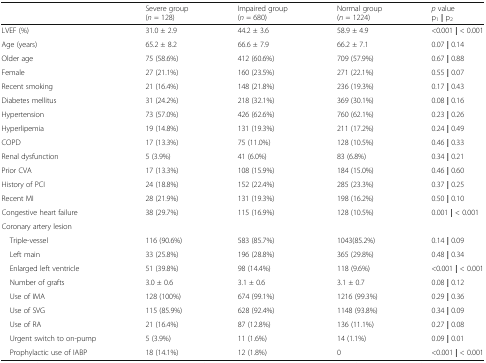
<table><thead><tr><td>[EMPTY_CELL]</td><td><b>Severe group(<i>n</i> = 128)</b></td><td><b>Impaired group(<i>n</i> = 680)</b></td><td><b>Normal group(<i>n</i> = 1224)</b></td><td><b><i>p</i> valuep<sub>1</sub>| p<sub>2</sub></b></td></tr></thead><tbody><tr><td>LVEF (%)</td><td>31.0 ± 2.9</td><td>44.2 ± 3.6</td><td>58.9 ± 4.9</td><td>&lt;0.001 <b>|</b> &lt; 0.001</td></tr><tr><td>Age (years)</td><td>65.2 ± 8.2</td><td>66.6 ± 7.9</td><td>66.2 ± 7.1</td><td>0.07 <b>|</b> 0.14</td></tr><tr><td>Older age</td><td>75 (58.6%)</td><td>412 (60.6%)</td><td>709 (57.9%)</td><td>0.67 <b>|</b> 0.88</td></tr><tr><td>Female</td><td>27 (21.1%)</td><td>160 (23.5%)</td><td>271 (22.1%)</td><td>0.55 <b>|</b> 0.07</td></tr><tr><td>Recent smoking</td><td>21 (16.4%)</td><td>148 (21.8%)</td><td>236 (19.3%)</td><td>0.17 <b>|</b> 0.43</td></tr><tr><td>Diabetes mellitus</td><td>31 (24.2%)</td><td>218 (32.1%)</td><td>369 (30.1%)</td><td>0.08 <b>|</b> 0.16</td></tr><tr><td>Hypertension</td><td>73 (57.0%)</td><td>426 (62.6%)</td><td>760 (62.1%)</td><td>0.23 <b>|</b> 0.26</td></tr><tr><td>Hyperlipemia</td><td>19 (14.8%)</td><td>131 (19.3%)</td><td>211 (17.2%)</td><td>0.24 <b>|</b> 0.49</td></tr><tr><td>COPD</td><td>17 (13.3%)</td><td>75 (11.0%)</td><td>128 (10.5%)</td><td>0.46 <b>|</b> 0.33</td></tr><tr><td>Renal dysfunction</td><td>5 (3.9%)</td><td>41 (6.0%)</td><td>83 (6.8%)</td><td>0.34 <b>|</b> 0.21</td></tr><tr><td>Prior CVA</td><td>17 (13.3%)</td><td>108 (15.9%)</td><td>184 (15.0%)</td><td>0.46 <b>|</b> 0.60</td></tr><tr><td>History of PCI</td><td>24 (18.8%)</td><td>152 (22.4%)</td><td>285 (23.3%)</td><td>0.37 <b>|</b> 0.25</td></tr><tr><td>Recent MI</td><td>28 (21.9%)</td><td>131 (19.3%)</td><td>198 (16.2%)</td><td>0.50 <b>|</b> 0.10</td></tr><tr><td>Congestive heart failure</td><td>38 (29.7%)</td><td>115 (16.9%)</td><td>128 (10.5%)</td><td>0.001 <b>|</b> &lt; 0.001</td></tr><tr><td colspan="5">Coronary artery lesion</td></tr><tr><td> Triple-vessel</td><td>116 (90.6%)</td><td>583 (85.7%)</td><td>1043(85.2%)</td><td>0.14 <b>|</b> 0.09</td></tr><tr><td> Left main</td><td>33 (25.8%)</td><td>196 (28.8%)</td><td>365 (29.8%)</td><td>0.48 <b>|</b> 0.34</td></tr><tr><td> Enlarged left ventricle</td><td>51 (39.8%)</td><td>98 (14.4%)</td><td>118 (9.6%)</td><td>&lt;0.001 <b>|</b> &lt; 0.001</td></tr><tr><td> Number of grafts</td><td>3.0 ± 0.6</td><td>3.1 ± 0.6</td><td>3.1 ± 0.7</td><td>0.08 <b>|</b> 0.12</td></tr><tr><td> Use of IMA</td><td>128 (100%)</td><td>674 (99.1%)</td><td>1216 (99.3%)</td><td>0.29 <b>|</b> 0.36</td></tr><tr><td> Use of SVG</td><td>115 (85.9%)</td><td>628 (92.4%)</td><td>1148 (93.8%)</td><td>0.34 <b>|</b> 0.09</td></tr><tr><td> Use of RA</td><td>21 (16.4%)</td><td>87 (12.8%)</td><td>136 (11.1%)</td><td>0.27 <b>|</b> 0.08</td></tr><tr><td> Urgent switch to on-pump</td><td>5 (3.9%)</td><td>11 (1.6%)</td><td>14 (1.1%)</td><td>0.09 <b>|</b> 0.01</td></tr><tr><td> Prophylactic use of IABP</td><td>18 (14.1%)</td><td>12 (1.8%)</td><td>0</td><td>&lt;0.001 <b>|</b> &lt; 0.001</td></tr></tbody></table>